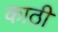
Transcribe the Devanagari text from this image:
काठी